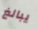
يبالغ